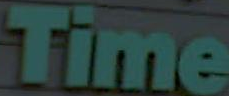
Time